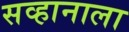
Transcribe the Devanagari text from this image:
सव्हानाला